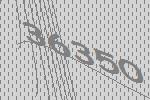
36350